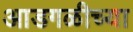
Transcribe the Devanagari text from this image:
आडगळीच्या